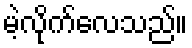
မဲ့လိုက်လေသည်။